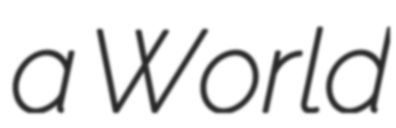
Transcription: a World